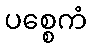
ပစ္စေကံ